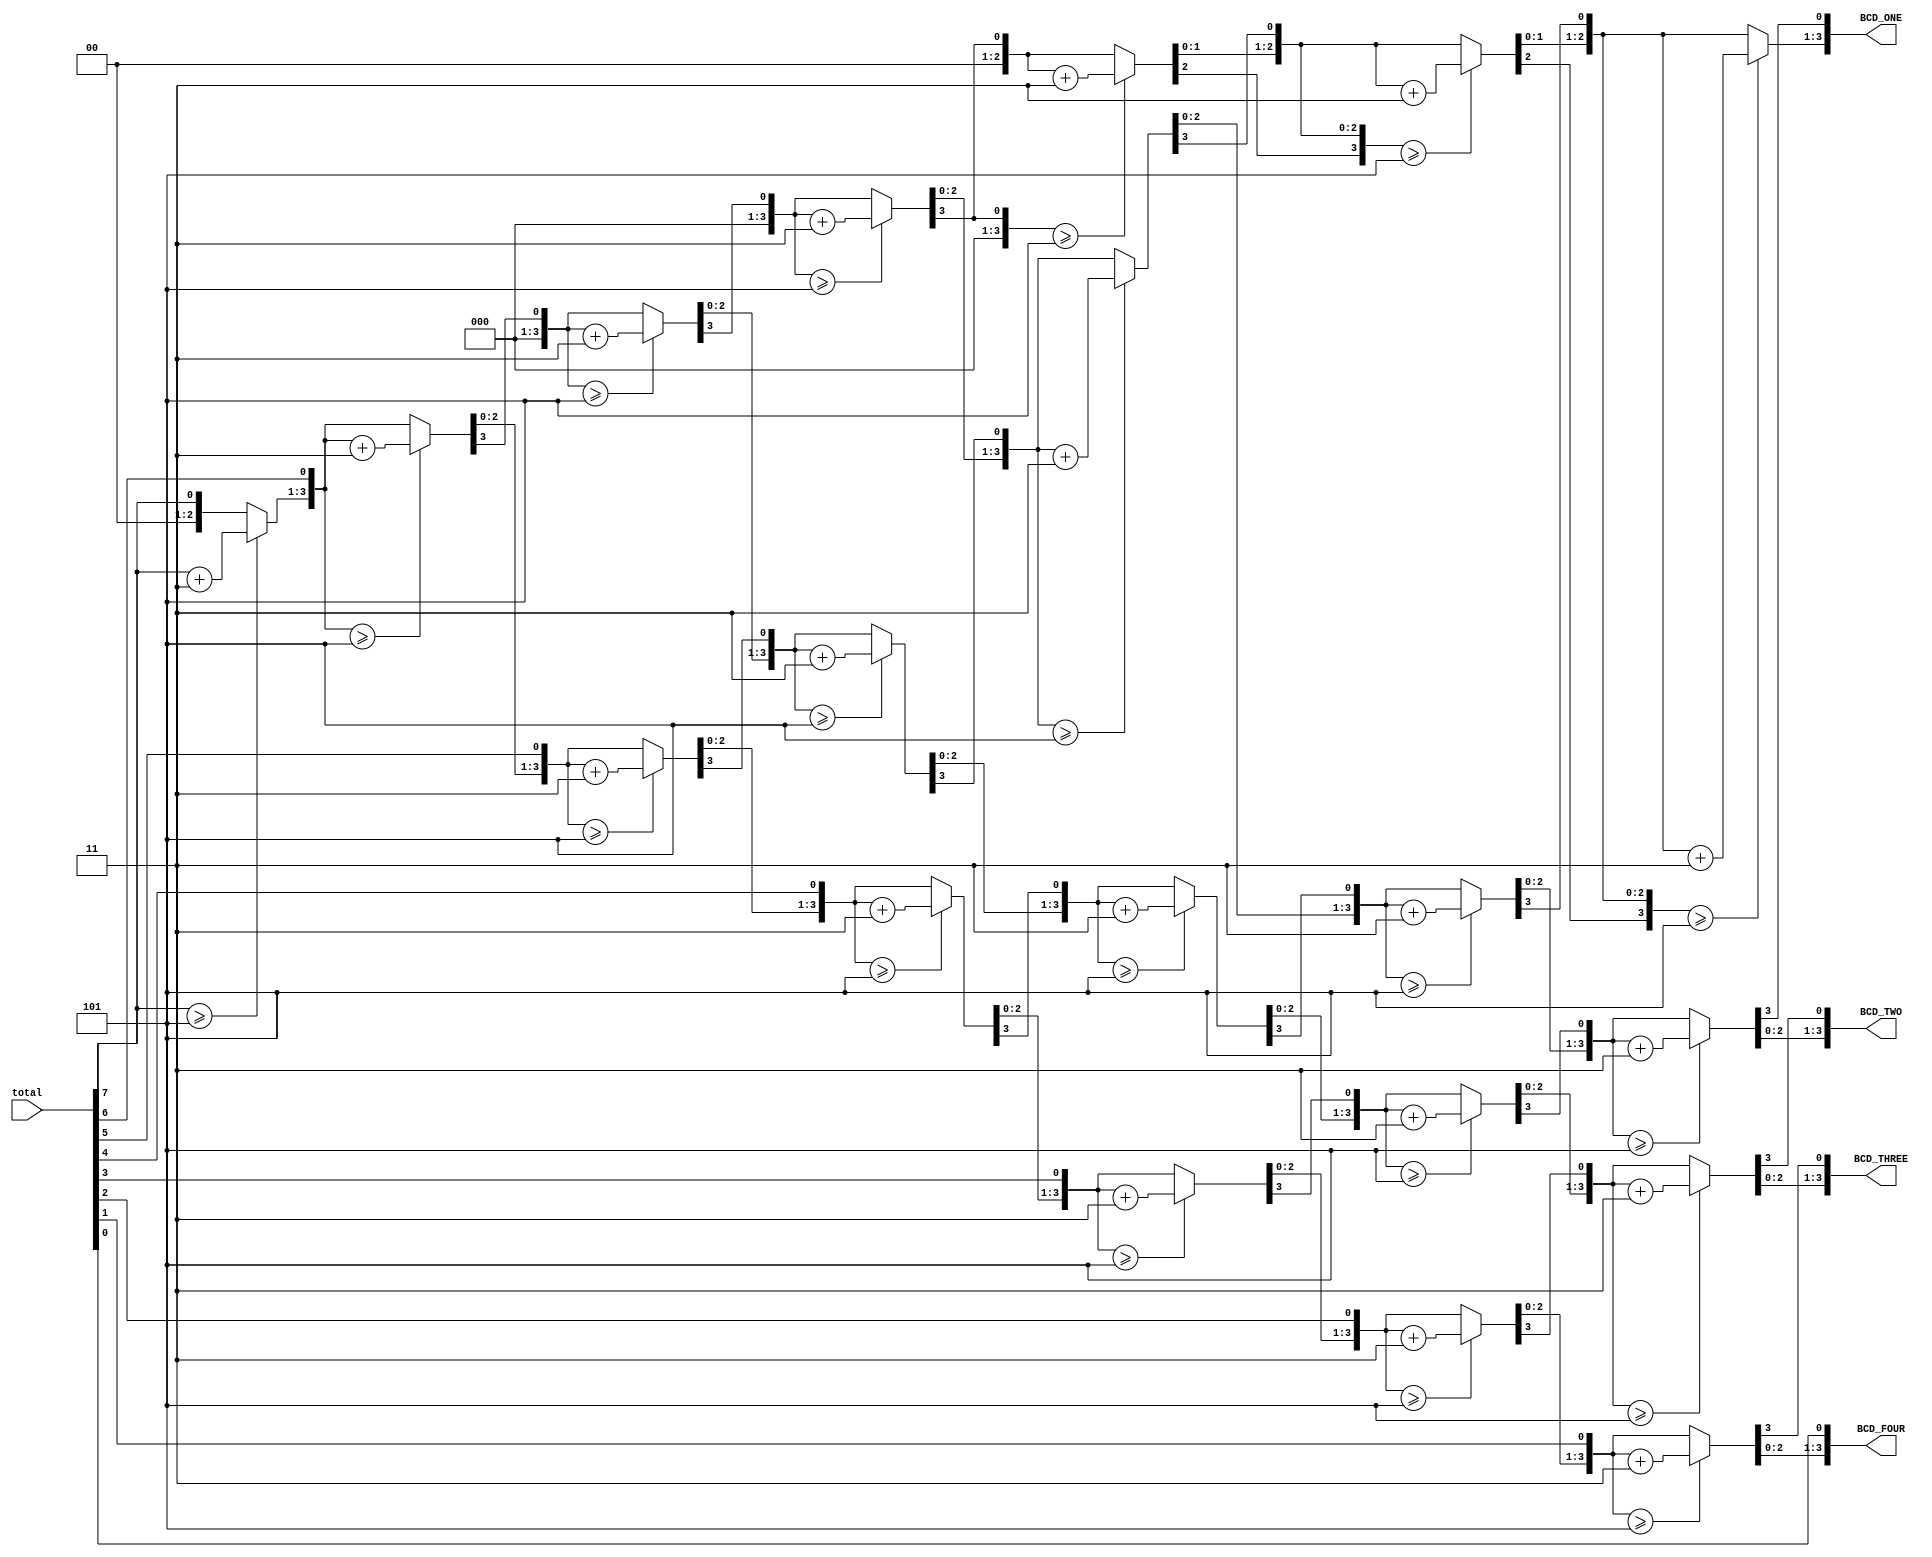
module Binary2BCD(total, BCD_ONE, BCD_TWO, BCD_THREE, BCD_FOUR);

//Binary2BCD
input [7:0] total;
output reg [3:0]BCD_ONE, BCD_TWO, BCD_THREE, BCD_FOUR;

reg [23:0] shift;
integer i=0;

always@(total)
begin 
    shift[7:0] = total;
    shift[23:8] = 0;    //7+16=23
    
    for(i=0; i<8; i=i+1)
    begin
        if(shift[11:8] >= 5)
            shift[11:8] = shift[11:8] + 23'd3;
        
        if(shift[15:12] >= 5)
            shift[15:12] = shift[15:12] + 23'd3;
        
        if(shift[19:16] >= 5)
            shift[19:16] = shift[19:16] + 23'd3;
        
        if(shift[23:20] >= 5)
            shift[23:20] = shift[23:20] + 23'd3;
        shift = shift << 1;
    end
    
    BCD_ONE         = shift[23:20];
    BCD_TWO         = shift[19:16];
    BCD_THREE   = shift[15:12];
    BCD_FOUR        = shift[11:8];
    
end 

endmodule